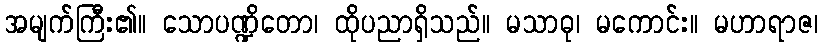
အမျက်ကြီး၏။ သောပဏ္ဍိတော၊ ထိုပညာရှိသည်။ မသာဓု၊ မကောင်း။ မဟာရာဇ၊